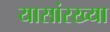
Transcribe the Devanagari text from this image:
यासांरख्या